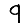
Digit: 9